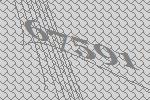
67591